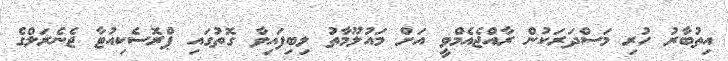
އިތުބާރު ހުރި މަސްދަރަކުން ރާއްޖެއެމްވީ އަށް މައުލޫމާތު ލިބިފައިވާ ގޮތުގައި ޕްރޮސެކިއުޓާ ޖެނެރަލްގެ